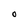
Character: O